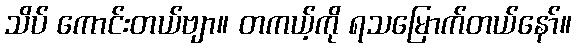
သိပ် ကောင်းတယ်ဗျာ။ တကယ့်ကို ရသမြောက်တယ်နော်။